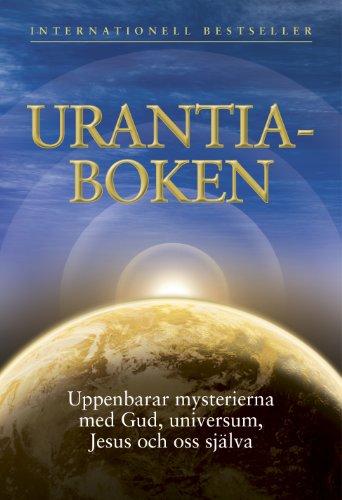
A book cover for Urantiaboken: Uppenbarar mysterierna med Gud, universum, Jesus och oss sjÃ¤lva (Swedish Edition); Religion & Spirituality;